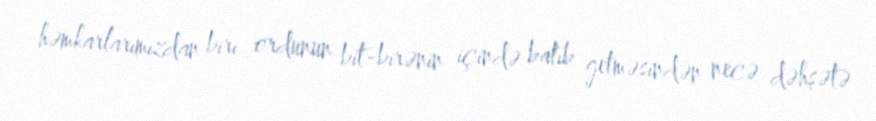
həmkarlarımızdan biri ordunun bit-birənin içində batıb getməsindən necə dəhşətə